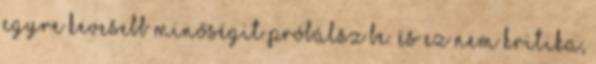
egyre kevesebb minőségit próbálsz be. és ez nem kritika,